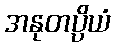
အနုတပ္ပိယံ